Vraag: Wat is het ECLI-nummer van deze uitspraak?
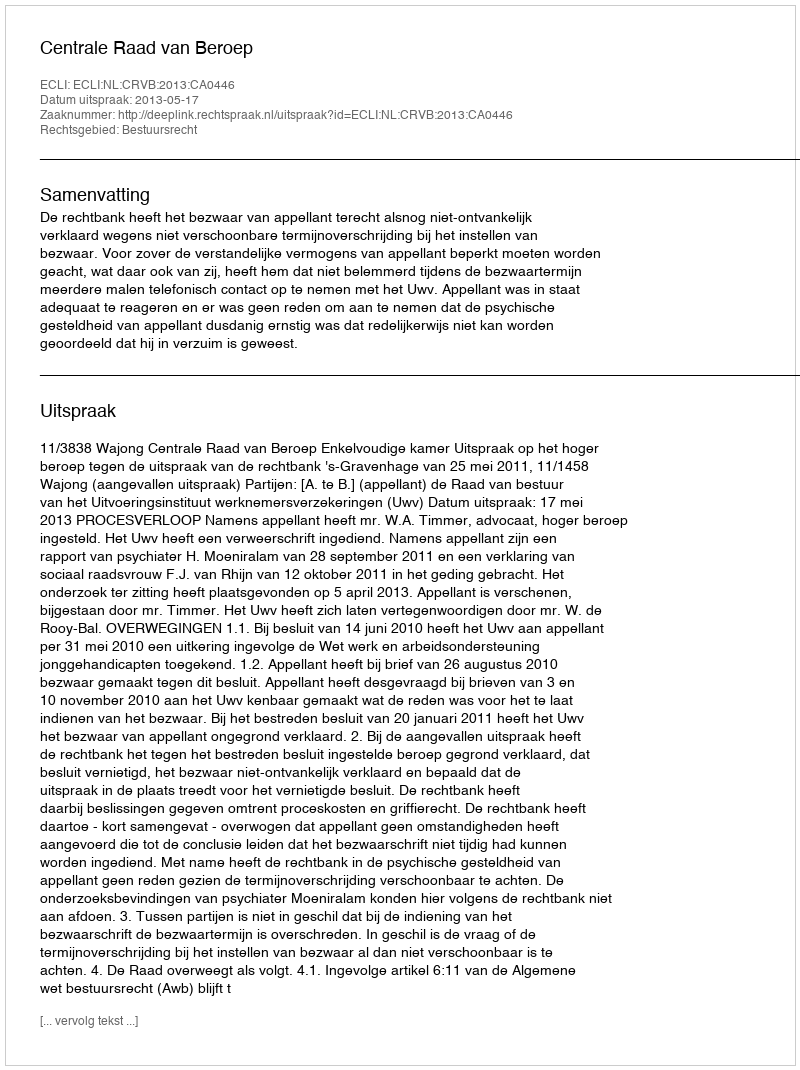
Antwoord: ECLI:NL:CRVB:2013:CA0446